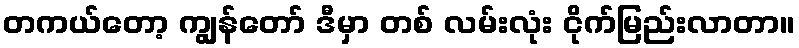
တကယ်တော့ ကျွန်တော် ဒီမှာ တစ် လမ်းလုံး ငိုက်မြည်းလာတာ။